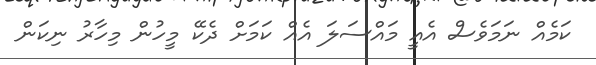
ކަމެއް ނަމަވެސް އެއީ މައްސަލަ އެއް ކަމަށް ދެކޭ މީހުން މިހާރު ނިކަން